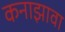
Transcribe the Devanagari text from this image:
कनाझावा